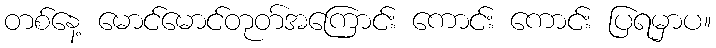
တစ်နေ့ မောင်မောင်တုတ်အကြောင်း ကောင်း ကောင်း ပြရမှာပ။